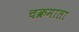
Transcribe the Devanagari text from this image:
चक्रमाला